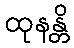
ထုနန္တိ